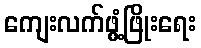
ကျေးလက်ဖွံ့ဖြိုးရေး